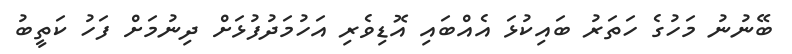
ބޭނުނު މަހުގެ ހަތަރު ބައިކުޅަ އެއްބައި އޮޑިވެރި އަހުމަދުފުޅަށް ދިނުމަށް ފަހު ކަތީބު